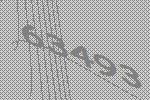
63493